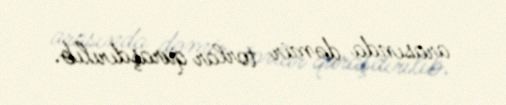
arasında dəmir torlar quraşdırılıb.